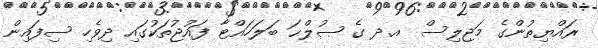
ރައްޔިތުންގެ މަޖިލިސް  އ.ދ ގެ ޞުލްޙަ ބަލަހައްޓާ ފައުޖުތަކުގައި ދިވެހި ސިފައިން